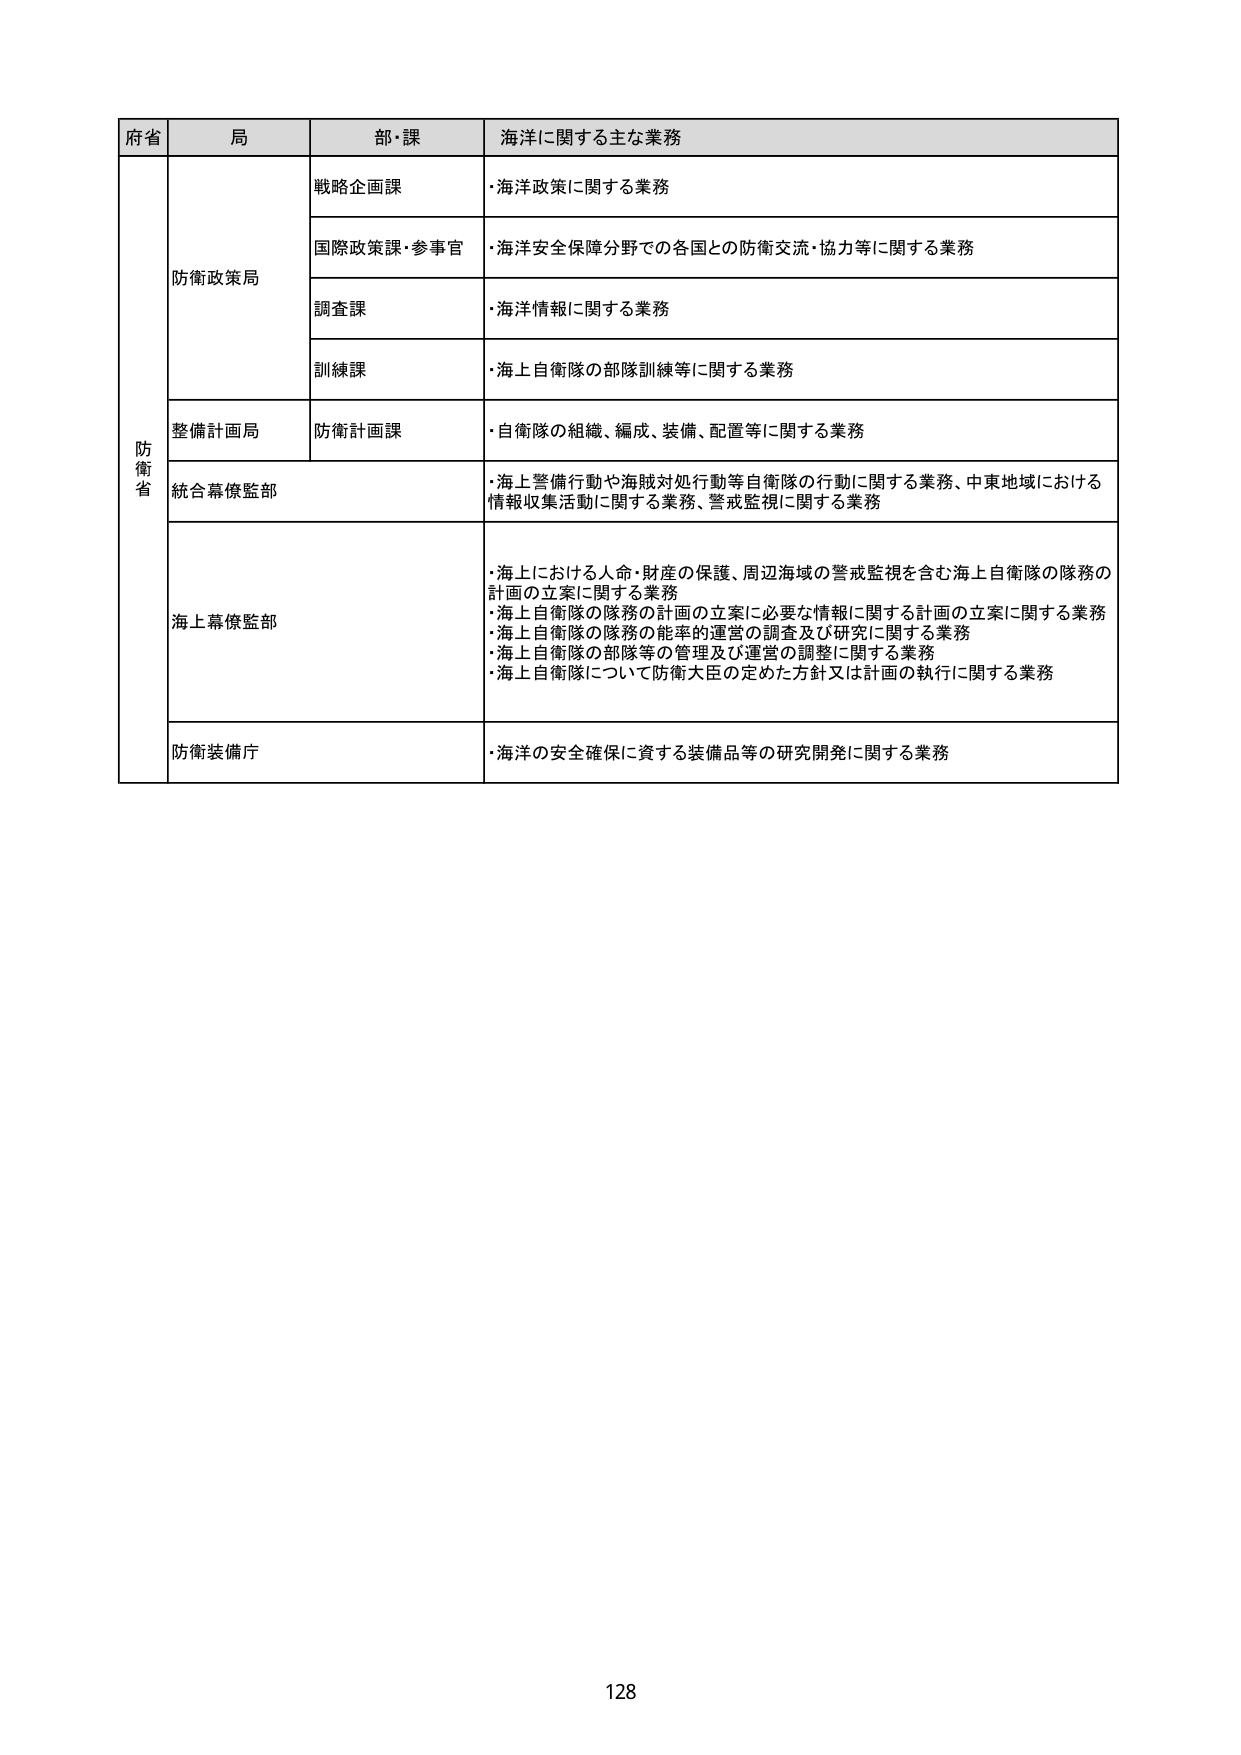
府省 局 部・課 海洋に関する主な業務
防衛省 防衛政策局 戦略企画課 ・海洋政策に関する業務
国際政策課・参事官 ・海洋安全保障分野での各国との防衛交流・協力等に関する業務
調査課 ・海洋情報に関する業務
訓練課 ・海上自衛隊の部隊訓練等に関する業務
整備計画局 防衛計画課 ・自衛隊の組織、編成、装備、配置等に関する業務
統合幕僚監部 ・海上警備行動や海賊対処行動等自衛隊の行動に関する業務、中東地域における情報収集活動に関する業務、警戒監視に関する業務
海上幕僚監部 ・海上における人命・財産の保護、周辺海域の警戒監視を含む海上自衛隊の隊務の計画の立案に関する業務
・海上自衛隊の隊務の計画の立案に必要な情報に関する計画の立案に関する業務
・海上自衛隊の隊務の能率的運営の調査及び研究に関する業務
・海上自衛隊の部隊等の管理及び運営の調整に関する業務
・海上自衛隊について防衛大臣の定めた方針又は計画の執行に関する業務
防衛装備庁 ・海洋の安全確保に資する装備品等の研究開発に関する業務
128